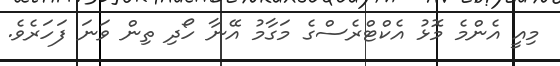
މިއީ އެންމެ މޮޅު އެކްޓްރެސްގެ މަގާމު އޭނާ ހޯދި ތިން ވަނަ ފަހަރެވެ.